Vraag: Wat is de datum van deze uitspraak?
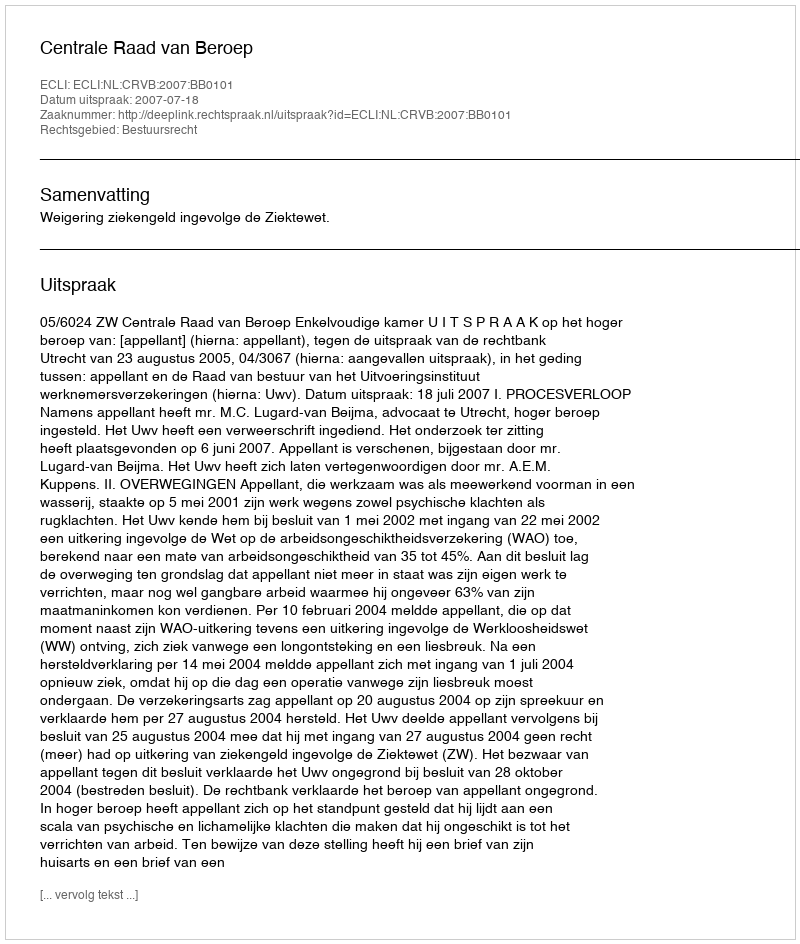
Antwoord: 2007-07-18